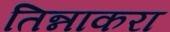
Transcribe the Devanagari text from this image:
तिन्नाकरा